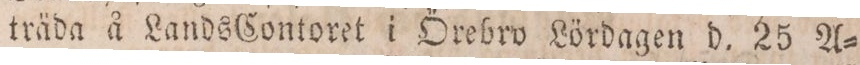
träda å LandsContoret i Örebro Lördagen d. 25 A=